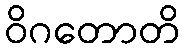
ဝိဂတောတိ